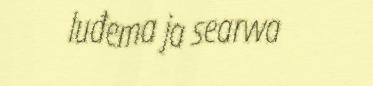
luđema ja searvva